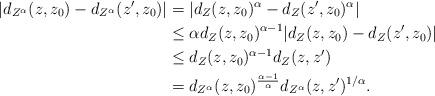
LaTeX: \begin{align*}|d_{Z^\alpha}(z,z_0)-d_{Z^\alpha}(z',z_0)|&= |d_{Z}(z,z_0)^\alpha-d_{Z}(z',z_0)^\alpha|\\&\leq \alpha d_{Z}(z,z_0)^{\alpha-1}|d_{Z}(z,z_0)-d_{Z}(z',z_0)|\\&\leq d_{Z}(z,z_0)^{\alpha-1}d_{Z}(z,z')\\&= d_{Z^\alpha}(z,z_0)^{\frac{\alpha-1}{\alpha}}d_{Z^\alpha}(z,z')^{1/\alpha}.\end{align*}